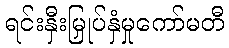
ရင်းနှီးမြှုပ်နှံမှုကော်မတီ